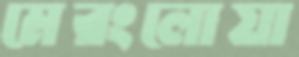
মেরংলোয়া